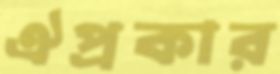
ঐপ্রকার